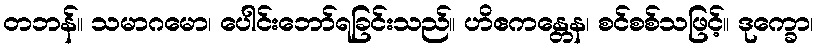
တဘန်။ သမာဂမော၊ ပေါင်းဘော်ရခြင်းသည်။ ဟိဧကန္တေန၊ စင်စစ်သဖြင့်။ ဒုက္ခော၊